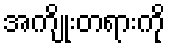
အကျိုးတရားကို